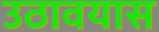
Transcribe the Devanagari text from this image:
उठावयास